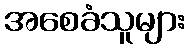
အစေခံသူများ